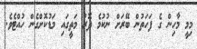
މިމީ މާހިން ގެ ފަހަތުން ބޭރަށް ނުކުމެ ދޮރު މަތީގައި މަޑުކޮށްގެން ހުއްޓެވެ.